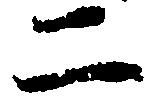
二